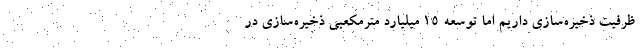
ظرفیت ذخیره‌سازی داریم اما توسعه ۱۵ میلیارد مترمکعبی ذخیره‌سازی در